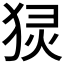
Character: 𬌴